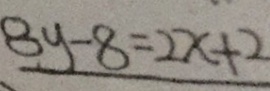
8 y - 8 = 2 x + 2